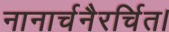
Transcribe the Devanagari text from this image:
नानार्चनैरर्चित।